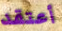
أعتقد